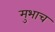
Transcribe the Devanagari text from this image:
मुभाच